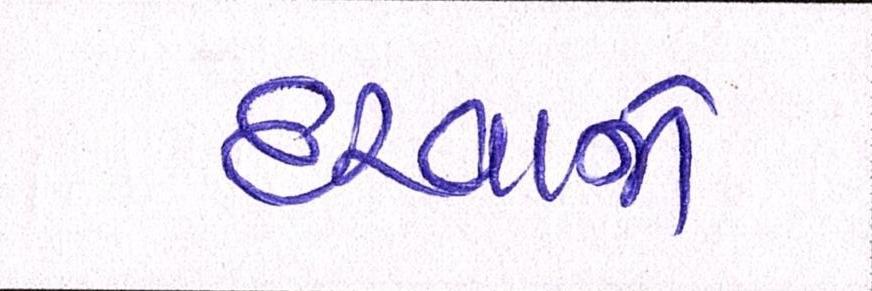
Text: દરવાજે